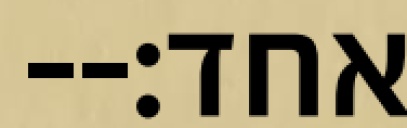
אחד׃--